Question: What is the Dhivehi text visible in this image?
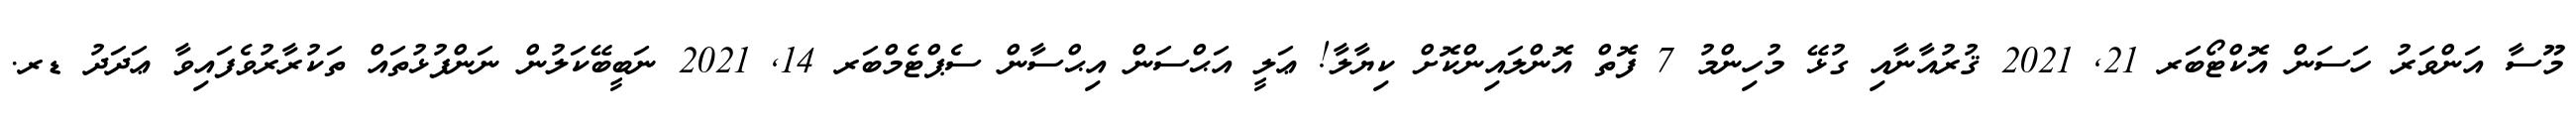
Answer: މޫސާ އަންވަރު ހަސަން އޮކްޓޯބަރ 21, 2021 ޤުރުއާނާއި ގުޅޭ މުހިންމު 7 ފޮތް އޮންލައިންކޮށް ކިޔާލާ! ޢަލީ އަޙްސަން އިޙްސާން ސެޕްޓެމްބަރ 14, 2021 ނަބީބޭކަލުން ނަންފުޅުތައް ތަކުރާރުވެފައިވާ ޢަދަދު ޑރ.